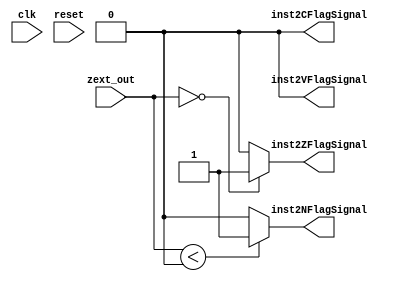
module flag_generator(input clk, input reset, input [31:0] zext_out,
                      output reg inst2NFlagSignal, output reg inst2ZFlagSignal, output reg inst2CFlagSignal, output reg inst2VFlagSignal);
  always @ (clk, reset, zext_out)
  begin
    inst2NFlagSignal = 1'b0;
    inst2ZFlagSignal = 1'b0;
    inst2CFlagSignal = 1'b0;
    inst2VFlagSignal = 1'b0;
    
    if(zext_out < 0)
      inst2NFlagSignal = 1'b1;
    if(zext_out == 0)
      inst2ZFlagSignal = 1'b1;
  end
endmodule